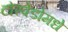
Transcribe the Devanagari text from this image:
टोरपेडोमधे